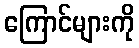
ကြောင်များကို